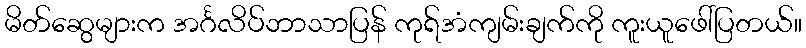
မိတ်ဆွေများက အင်္ဂလိပ်ဘာသာပြန် ကုရ်အံကျမ်းချက်ကို ကူးယူဖေါ်ပြတယ်။